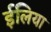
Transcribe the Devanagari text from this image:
ईलिया